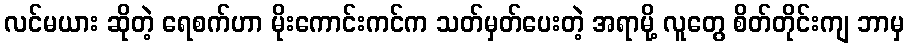
လင်မယား ဆိုတဲ့ ရေစက်ဟာ မိုးကောင်းကင်က သတ်မှတ်ပေးတဲ့ အရာမို့ လူတွေ စိတ်တိုင်းကျ ဘာမှ